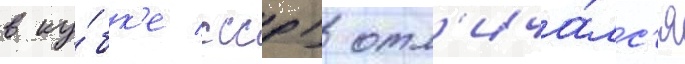
в ку́бк'е ссср) отл'ича́лс'я